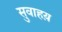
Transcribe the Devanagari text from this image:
सुवाहय़